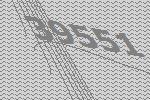
39551